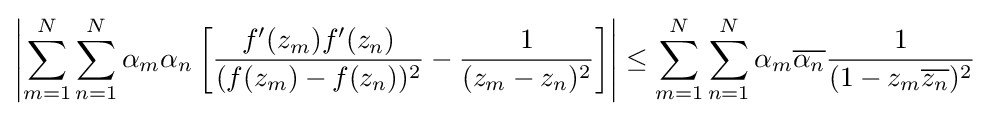
\left|\sum _{m=1}^{N}\sum _{n=1}^{N}\alpha _{m}\alpha _{n}\left[{\frac {f'(z_{m})f'(z_{n})}{(f(z_{m})-f(z_{n}))^{2}}}-{\frac {1}{(z_{m}-z_{n})^{2}}}\right]\right|\leq \sum _{m=1}^{N}\sum _{n=1}^{N}\alpha _{m}{\overline {\alpha _{n}}}{\frac {1}{(1-z_{m}{\overline {z_{n}}})^{2}}}